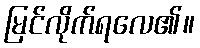
မြင်လိုက်ရလေ၏။